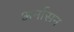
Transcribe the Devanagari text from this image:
अर्नासन